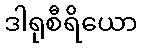
ဒါရုစီရိယော